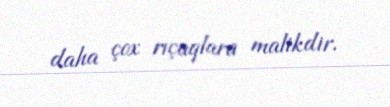
daha çox rıçaqlara malikdir.